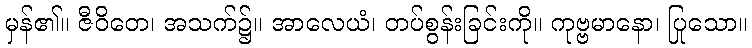
မှန်၏။ ဇီဝိတေ၊ အသက်၌။ အာလေယံ၊ တပ်စွန်းခြင်းကို။ ကုဗ္ဗမာနော၊ ပြုသော။